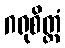
ဂရုစိတ္တံ